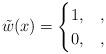
LaTeX: \begin{gather*} \tilde{w}(x) = \begin{cases} 1, & , \\ 0, & , \end{cases} \end{gather*}